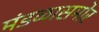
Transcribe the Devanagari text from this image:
मंडळासमोर